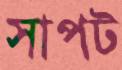
সাপট